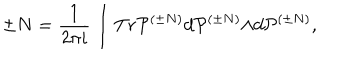
\pm N = \frac { 1 } { 2 { \pi } i } \int T r { \cal P } ^ { ( { \pm } N ) } d { \cal P } ^ { ( { \pm } N ) } { \wedge } d { \cal P } ^ { ( { \pm } N ) } ,